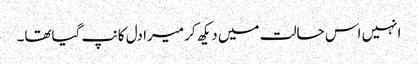
انہیں اس حالت میں دیکھ کر میرا دل کانپ گیاتھا۔